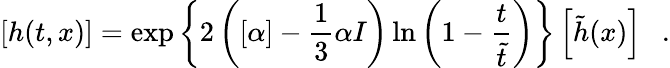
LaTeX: \left[h(t,x)\right]=\exp\left\{ 2\left([\alpha]-\frac{1}{3}\alpha I\right)\ln\left(1-\frac{t}{\tilde{t}}\right)\right\} \left[\tilde{h}(x)\right]~~~.